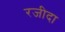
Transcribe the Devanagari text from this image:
रजीदा